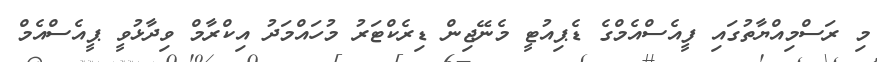
މި ރަސްމިއްޔާތުގައި ފީއެސްއެމްގެ ޑެޕިއުޓީ މެނޭޖިން ޑިރެކްޓަރު މުހައްމަދު އިކްރާމް ވިދާޅުވީ ޕީއެސްއެމް